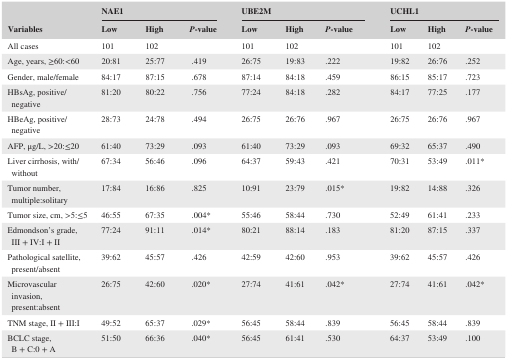
<table><thead><tr><td rowspan="2"><b>Variables</b></td><td colspan="3"><b>NAE1</b></td><td colspan="3"><b>UBE2M</b></td><td colspan="3"><b>UCHL1</b></td></tr><tr><td><b>Low</b></td><td><b>High</b></td><td><b><i>P</i>‐value</b></td><td><b>Low</b></td><td><b>High</b></td><td><b><i>P</i>‐value</b></td><td><b>Low</b></td><td><b>High</b></td><td><b><i>P</i>‐value</b></td></tr></thead><tbody><tr><td>All cases</td><td>101</td><td>102</td><td></td><td>101</td><td>102</td><td></td><td>101</td><td>102</td><td></td></tr><tr><td>Age, years, ≥60:&lt;60</td><td>20:81</td><td>25:77</td><td>.419</td><td>26:75</td><td>19:83</td><td>.222</td><td>19:82</td><td>26:76</td><td>.252</td></tr><tr><td>Gender, male/female</td><td>84:17</td><td>87:15</td><td>.678</td><td>87:14</td><td>84:18</td><td>.459</td><td>86:15</td><td>85:17</td><td>.723</td></tr><tr><td>HBsAg, positive/negative</td><td>81:20</td><td>80:22</td><td>.756</td><td>77:24</td><td>84:18</td><td>.282</td><td>84:17</td><td>77:25</td><td>.177</td></tr><tr><td>HBeAg, positive/negative</td><td>28:73</td><td>24:78</td><td>.494</td><td>26:75</td><td>26:76</td><td>.967</td><td>26:75</td><td>26:76</td><td>.967</td></tr><tr><td>AFP, μg/L, &gt;20:≤20</td><td>61:40</td><td>73:29</td><td>.093</td><td>61:40</td><td>73:29</td><td>.093</td><td>69:32</td><td>65:37</td><td>.490</td></tr><tr><td>Liver cirrhosis, with/without</td><td>67:34</td><td>56:46</td><td>.096</td><td>64:37</td><td>59:43</td><td>.421</td><td>70:31</td><td>53:49</td><td><b>.011</b>a</td></tr><tr><td>Tumor number, multiple:solitary</td><td>17:84</td><td>16:86</td><td>.825</td><td>10:91</td><td>23:79</td><td>.015a</td><td>19:82</td><td>14:88</td><td>.326</td></tr><tr><td>Tumor size, cm, &gt;5:≤5</td><td>46:55</td><td>67:35</td><td>.004a</td><td>55:46</td><td>58:44</td><td>.730</td><td>52:49</td><td>61:41</td><td>.233</td></tr><tr><td>Edmondson’s grade, III + IV:I + II</td><td>77:24</td><td>91:11</td><td>.014a</td><td>80:21</td><td>88:14</td><td>.183</td><td>81:20</td><td>87:15</td><td>.337</td></tr><tr><td>Pathological satellite, present/absent</td><td>39:62</td><td>45:57</td><td>.426</td><td>42:59</td><td>42:60</td><td>.953</td><td>39:62</td><td>45:57</td><td>.426</td></tr><tr><td>Microvascular invasion, present:absent</td><td>26:75</td><td>42:60</td><td>.020a</td><td>27:74</td><td>41:61</td><td>.042a</td><td>27:74</td><td>41:61</td><td><b>.042</b>a</td></tr><tr><td>TNM stage, II + III:I</td><td>49:52</td><td>65:37</td><td>.029a</td><td>56:45</td><td>58:44</td><td>.839</td><td>56:45</td><td>58:44</td><td>.839</td></tr><tr><td>BCLC stage, B + C:0 + A</td><td>51:50</td><td>66:36</td><td>.040a</td><td>56:45</td><td>61:41</td><td>.530</td><td>64:37</td><td>53:49</td><td>.100</td></tr></tbody></table>